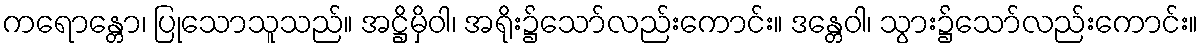
ကရောန္တော၊ ပြုသောသူသည်။ အဋ္ဌိမှိဝါ၊ အရိုး၌သော်လည်းကောင်း။ ဒန္တေဝါ၊ သွား၌သော်လည်းကောင်း။